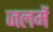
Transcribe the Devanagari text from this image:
जलमें